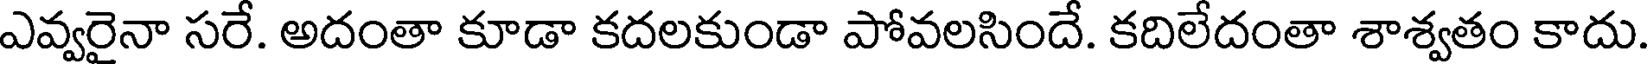
ఎవ్వరైనా సరే. అదంతా కూడా కదలకుండా పోవలసిందే. కదిలేదంతా శాశ్వతం కాదు